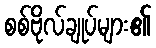
စစ်ဗိုလ်ချုပ်များ၏